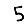
Digit: 5